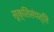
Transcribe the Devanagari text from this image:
सूक्तिसंपत्ति